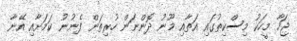
ޖަހާ މީހަކު މިސްކިތުގައި އަތާއި މޫނު ދޮންނަން ހުރިތަން ފެނުނު ކަމަށާއި އޭނާ